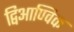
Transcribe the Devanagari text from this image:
द्विआण्विक